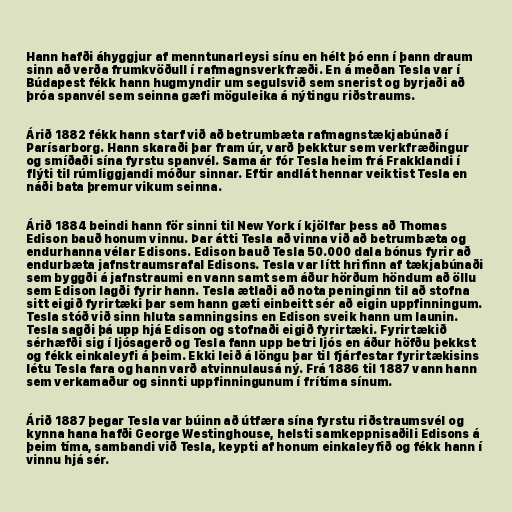
Hann hafði áhyggjur af menntunarleysi sínu en hélt þó enn í þann draum
sinn að verða frumkvöðull í rafmagnsverkfræði. En á meðan Tesla var í
Búdapest fékk hann hugmyndir um segulsvið sem snerist og byrjaði að
þróa spanvél sem seinna gæfi möguleika á nýtingu riðstraums.

Árið 1882 fékk hann starf við að betrumbæta rafmagnstækjabúnað í
Parísarborg. Hann skaraði þar fram úr, varð þekktur sem verkfræðingur
og smíðaði sína fyrstu spanvél. Sama ár fór Tesla heim frá Frakklandi í
flýti til rúmliggjandi móður sinnar. Eftir andlát hennar veiktist Tesla en
náði bata þremur vikum seinna.

Árið 1884 beindi hann för sinni til New York í kjölfar þess að Thomas
Edison bauð honum vinnu. Þar átti Tesla að vinna við að betrumbæta og
endurhanna vélar Edisons. Edison bauð Tesla 50.000 dala bónus fyrir að
endurbæta jafnstraumsrafal Edisons. Tesla var lítt hrifinn af tækjabúnaði
sem byggði á jafnstraumi en vann samt sem áður hörðum höndum að öllu
sem Edison lagði fyrir hann. Tesla ætlaði að nota peninginn til að stofna
sitt eigið fyrirtæki þar sem hann gæti einbeitt sér að eigin uppfinningum.
Tesla stóð við sinn hluta samningsins en Edison sveik hann um launin.
Tesla sagði þá upp hjá Edison og stofnaði eigið fyrirtæki. Fyrirtækið
sérhæfði sig í ljósagerð og Tesla fann upp betri ljós en áður höfðu þekkst
og fékk einkaleyfi á þeim. Ekki leið á löngu þar til fjárfestar fyrirtækisins
létu Tesla fara og hann varð atvinnulausá ný. Frá 1886 til 1887 vann hann
sem verkamaður og sinnti uppfinningunum í frítíma sínum.

Árið 1887 þegar Tesla var búinn að útfæra sína fyrstu riðstraumsvél og
kynna hana hafði George Westinghouse, helsti samkeppnisaðili Edisons á
þeim tíma, sambandi við Tesla, keypti af honum einkaleyfið og fékk hann í
vinnu hjá sér.